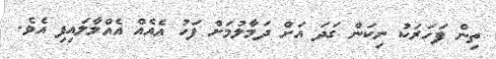
ތިން ފަހަރަކު ނިކަން ގަދަ އަށް ދަމާލުމަށް ފަހު އެއެއް އެއްލާލައިފި އެވެ.